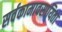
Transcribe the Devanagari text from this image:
सर्वकामावसायिता